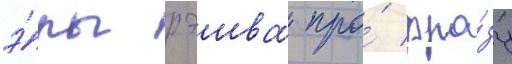
э́ры рэива про́ фра́зу